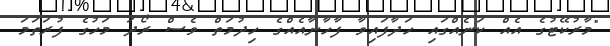
"މާރުކޭޓުގެ އެއް ކަނެއްގައި ހަދާފައިވާ ފާހާނާއެއްގެ ހިދުމަތް ވެސް ރޯދަ މަހުގެ ފުރަތަމަ